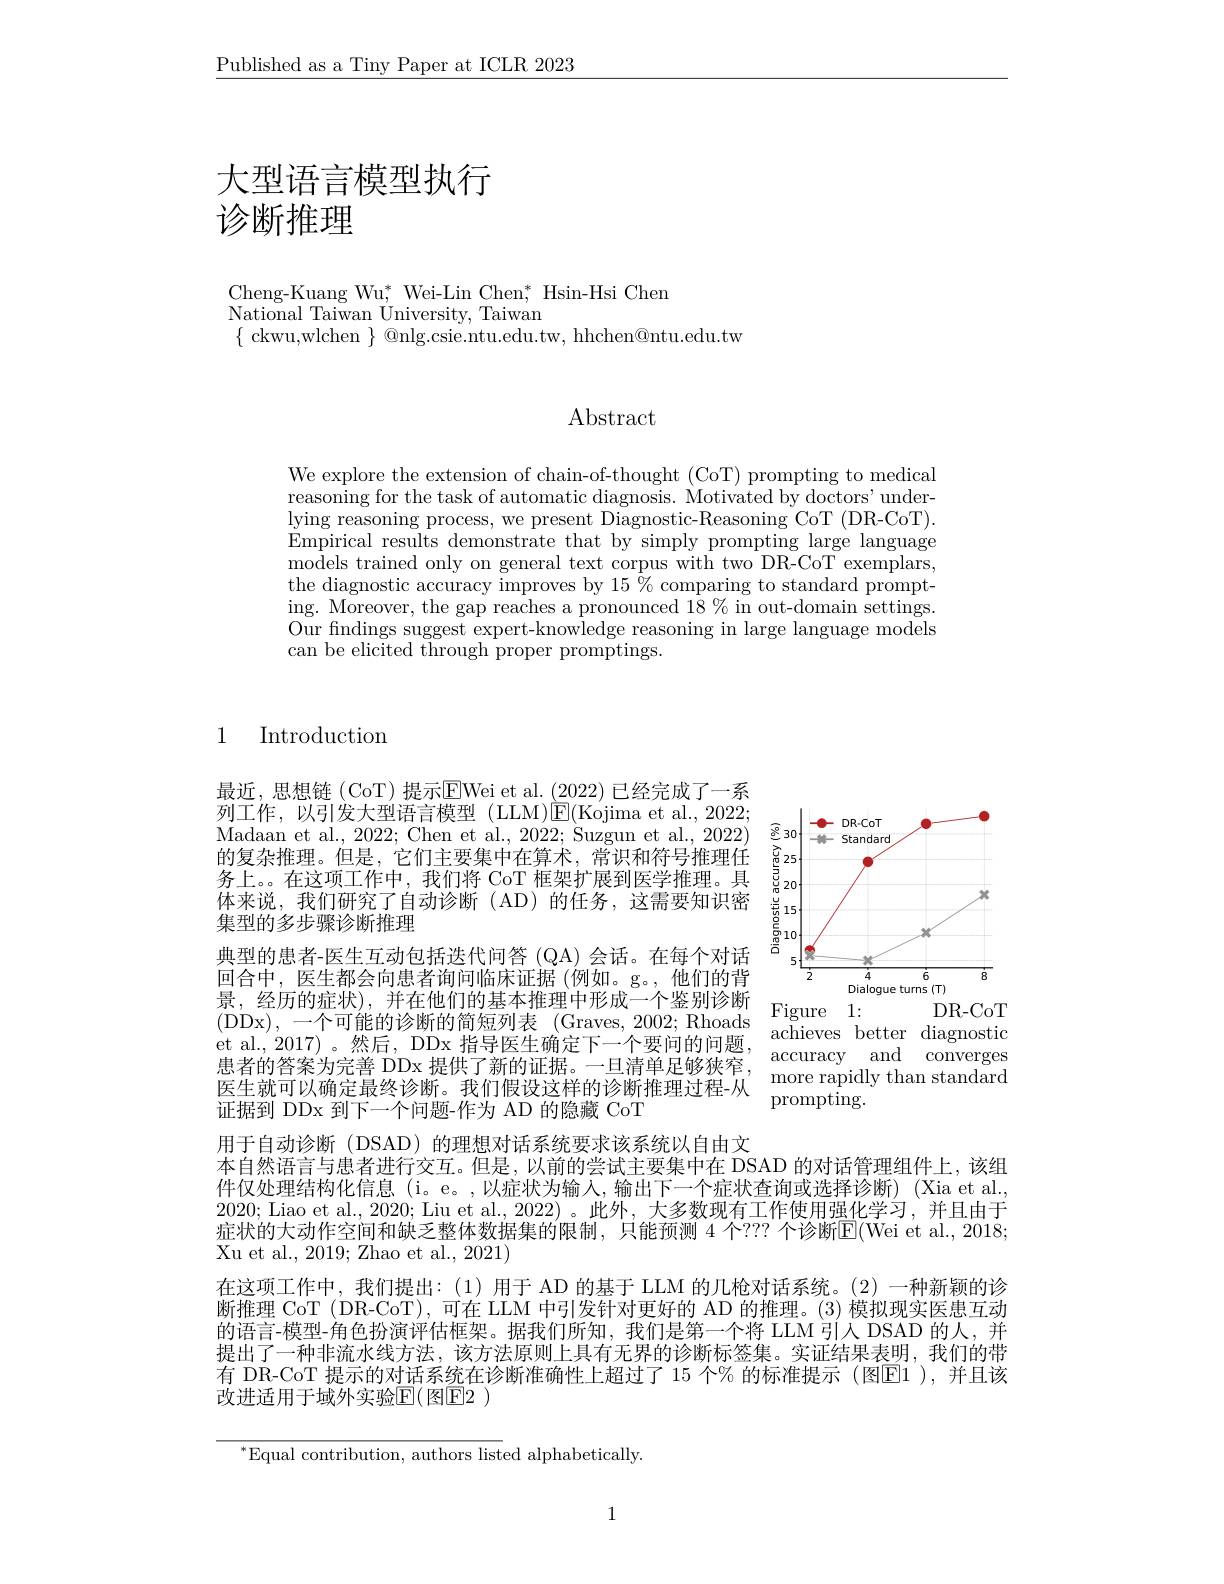
$\underline{\text{Published as a Tiny Paper at ICLR 2023}}$

# 大型语言模型执行诊断推理

Cheng-Kuang Wu$^*$ Wei-Lin Chen$^*$ Hsin-Hsi Chen
$\mathop{\mathrm{National~Taiwan~}}\mathop{\mathrm{University,~Taiwan}}$
$\{$ ckwu,wlchen $\}$ @nlg.csie.ntu.edu.tw, hhchen@ntu.edu.tw

Abstract

We explore the extension of chain-of-thought (CoT) prompting to medical reasoning for the task of automatic diagnosis. Motivated by doctors' under- $\operatorname*{lying}$ reasoning process, we present Diagnostic-Reasoning CoT (DR-CoT) Empirical results demonstrate that by simply prompting large language models trained only on general text corpus with two DR-CoT exemplars, the diagnostic accuracy improves by 15 $\hat{\%}$ comparing to standard prompting. Moreover, the gap reaches a pronounced 18 $\%$ in out- domain settings. Our findings suggest expert-knowledge reasoning in large language models can be elicited through proper promptings.

1 Introduction

<FigureHere>
Figure 1:
DR-CoT

最近，思想链(CoT)提示$\overline{\mathrm{E}}$Wei et al.(2022) 已经完成了一系列工作，以引发大型语言模型(LLM)$\underline{\mathrm{E}}($Kojima et al.,2022; Madaan et al., 2022; Chen et al., 2022; Suzgun et al., 2022) 的复杂推理。但是，它们主要集中在算术，常识和符号推理任务上。。在这项工作中，我们将 CoT 框架扩展到医学推理。具体来说，我们研究了自动诊断(AD)的任务，这需要知识密集型的多步骤诊断推理
典型的患者-医生互动包括迭代问答 (QA) 会话。在每个对话回合中，医生都会向患者询问临床证据(例如。g。,他们的背景，经历的症状),并在他们的基本推理中形成一个鉴别诊断( DDx) , 一 个 可 能 的 诊 断 的 简 短 列 表 ( Graves, 2002; Rhoads Figure 1: DR- COI et al. , 2017) 。然 后 , DDx 指 导 医 生 确 定 下 一 个 要 问 的 问 题 , acheves better diagnostic 患 者 的 答 案 为 完 善 DDx 提 供 了 新 的 证 据 。一 旦 清 单 足 够 狭 窄 , accuracy and converges 医 生 就 可 以 确 定 最 终 诊 断 。我 们 假 设 这 样 的 诊 断 推 理 过 程 - 从 nromptin
证据到 DDx 到下一个问题-作为 AD 的隐藏 CoT

$\operatorname{prompting}.$

用于自动诊断(DSAD)的理想对话系统要求该系统以自由文
本自然语言与患者进行交互。但是，以前的尝试主要集中在 DSAD 的对话管理组件上，该组件仅处理结构化信息(i。e。,以症状为输入，输出下一个症状查询或选择诊断)(Xia et al., 2020; Liao et al., 2020; Liu et al., 2022)。此外，大多数现有工作使用强化学习，并且由于症状的大动作空间和缺乏整体数据集的限制，只能预测 4 个？?? 个诊断E(Wei et al., 2018; Xu et al., 2019; Zhao et al., 2021)
在这项工作中，我们提出：(1)用于 AD 的基于 LLM 的几枪对话系统。(2)一种新颖的诊断推理 CoT (DR-CoT),可在 LLM 中引发针对更好的 AD 的推理。(3)模拟现实医患互动的语言-模型-角色扮演评估框架。据我们所知，我们是第一个将 LLM 引入 DSAD 的人，并提出了一种非流水线方法，该方法原则上具有无界的诊断标签集。实证结果表明，我们的带有 DR-CoT 提示的对话系统在诊断准确性上超过了 15 个% 的标准提示 (图$\overline{\mathrm{E}}$1),并且该改进适用于域外实验$\mathbb{E}($图$\mathbb{E}$2 )

$^{*}$Equal contribution, authors listed alphabetically.

1